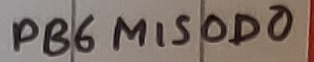
Text: PB6MISOD0